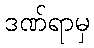
ဒဏ်ရာမှ